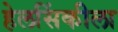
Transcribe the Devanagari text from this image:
हेलसिंकीला